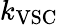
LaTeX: k_{\mathrm{VSC}}